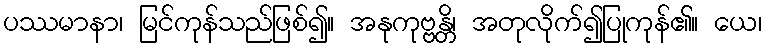
ပဿမာနာ၊ မြင်ကုန်သည်ဖြစ်၍။ အနုကုဗ္ဗန္တိ၊ အတုလိုက်၍ပြုကုန်၏။ ယေ၊